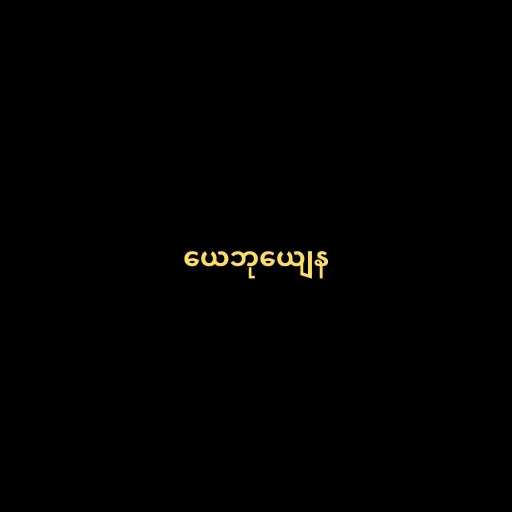
ယေဘုယျေန